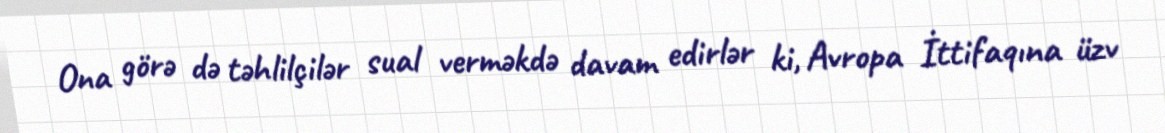
Ona görə də təhlilçilər sual verməkdə davam edirlər ki, Avropa İttifaqına üzv